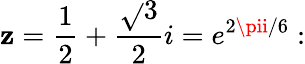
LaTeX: \mathbf{z}={\frac{{1}}{{2}}}+{\frac{{\sqrt{}{{3}}}}{{2}}}i=e^{2\pii/6}: